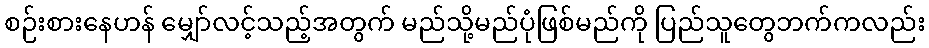
စဉ်းစားနေဟန် မျှော်လင့်သည့်အတွက် မည်သို့မည်ပုံဖြစ်မည်ကို ပြည်သူတွေဘက်ကလည်း